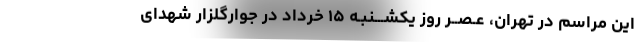
‌این مراسم در تهران، عـصــر روز یکشـــنبـه ۱۵ خرداد در جوارگلزار شهدای